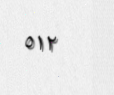
٥١٢